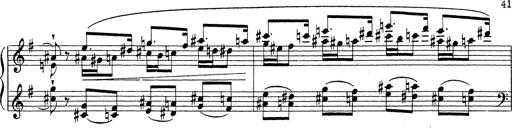
Title: Grosses Konzertsolo
Composer: Franz Liszt